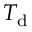
T _ { \mathrm { d } }